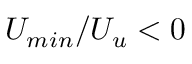
U _ { m i n } / U _ { u } < 0